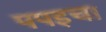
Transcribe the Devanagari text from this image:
पपइचा